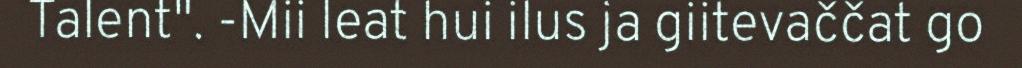
Talent". -Mii leat hui ilus ja giitevaččat go